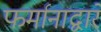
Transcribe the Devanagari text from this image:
फर्मानाद्वारे